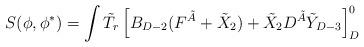
LaTeX: \begin{align*}S(\phi, \phi^*) = \int \tilde T_r\left [B_{D-2}( F ^{\tilde A}+ \tilde X_2)+ \tilde X_2 D ^{\tilde A}\tilde Y_{D-3}\right]_D^0\end{align*}